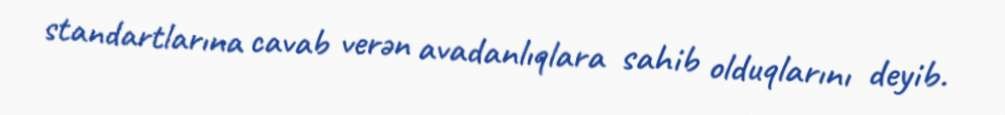
standartlarına cavab verən avadanlıqlara sahib olduqlarını deyib.